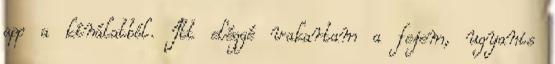
app a kínálatból. Itt eléggé vakartam a fejem, ugyanis